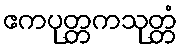
ဧကပုတ္တကသုတ္တံ